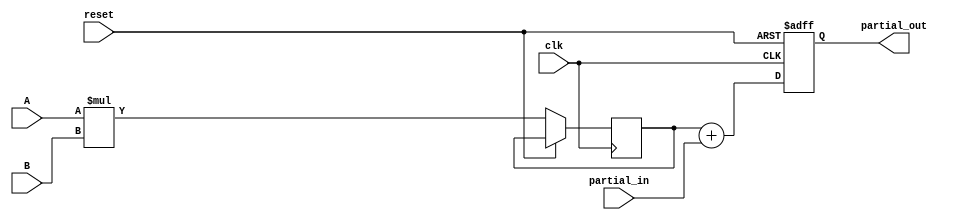
module PE (
    input wire clk,
    input wire reset,
    input wire [1:0] A,        // Partial multiplicand (2 bits)
    input wire [1:0] B,        // Partial multiplier (2 bits)
    input wire [3:0] partial_in, // Input from previous PE
    output reg [3:0] partial_out // Output to next PE
);
    reg [3:0] product;

    always @(posedge clk or posedge reset) begin
        if (reset) begin
            partial_out <= 0;
        end else begin
            // Perform multiplication of A and B
            product <= A * B;
            // Accumulate partial product with input from previous PE
            partial_out <= product + partial_in;
        end
    end
endmodule